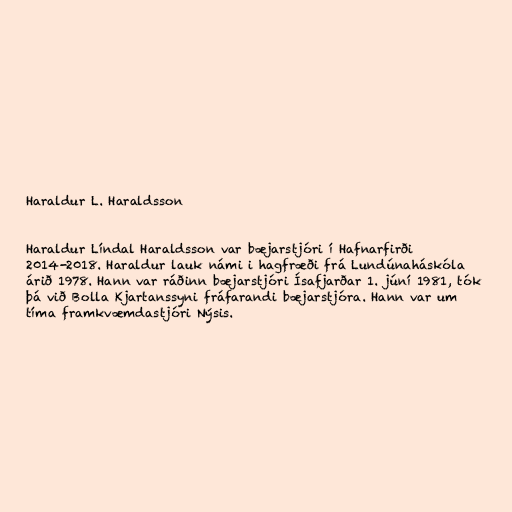
Haraldur L. Haraldsson

Haraldur Líndal Haraldsson var bæjarstjóri í Hafnarfirði
2014-2018. Haraldur lauk námi i hagfræði frá Lundúnaháskóla
árið 1978. Hann var ráðinn bæjarstjóri Ísafjarðar 1. júní 1981, tók
þá við Bolla Kjartanssyni fráfarandi bæjarstjóra. Hann var um
tíma framkvæmdastjóri Nýsis.